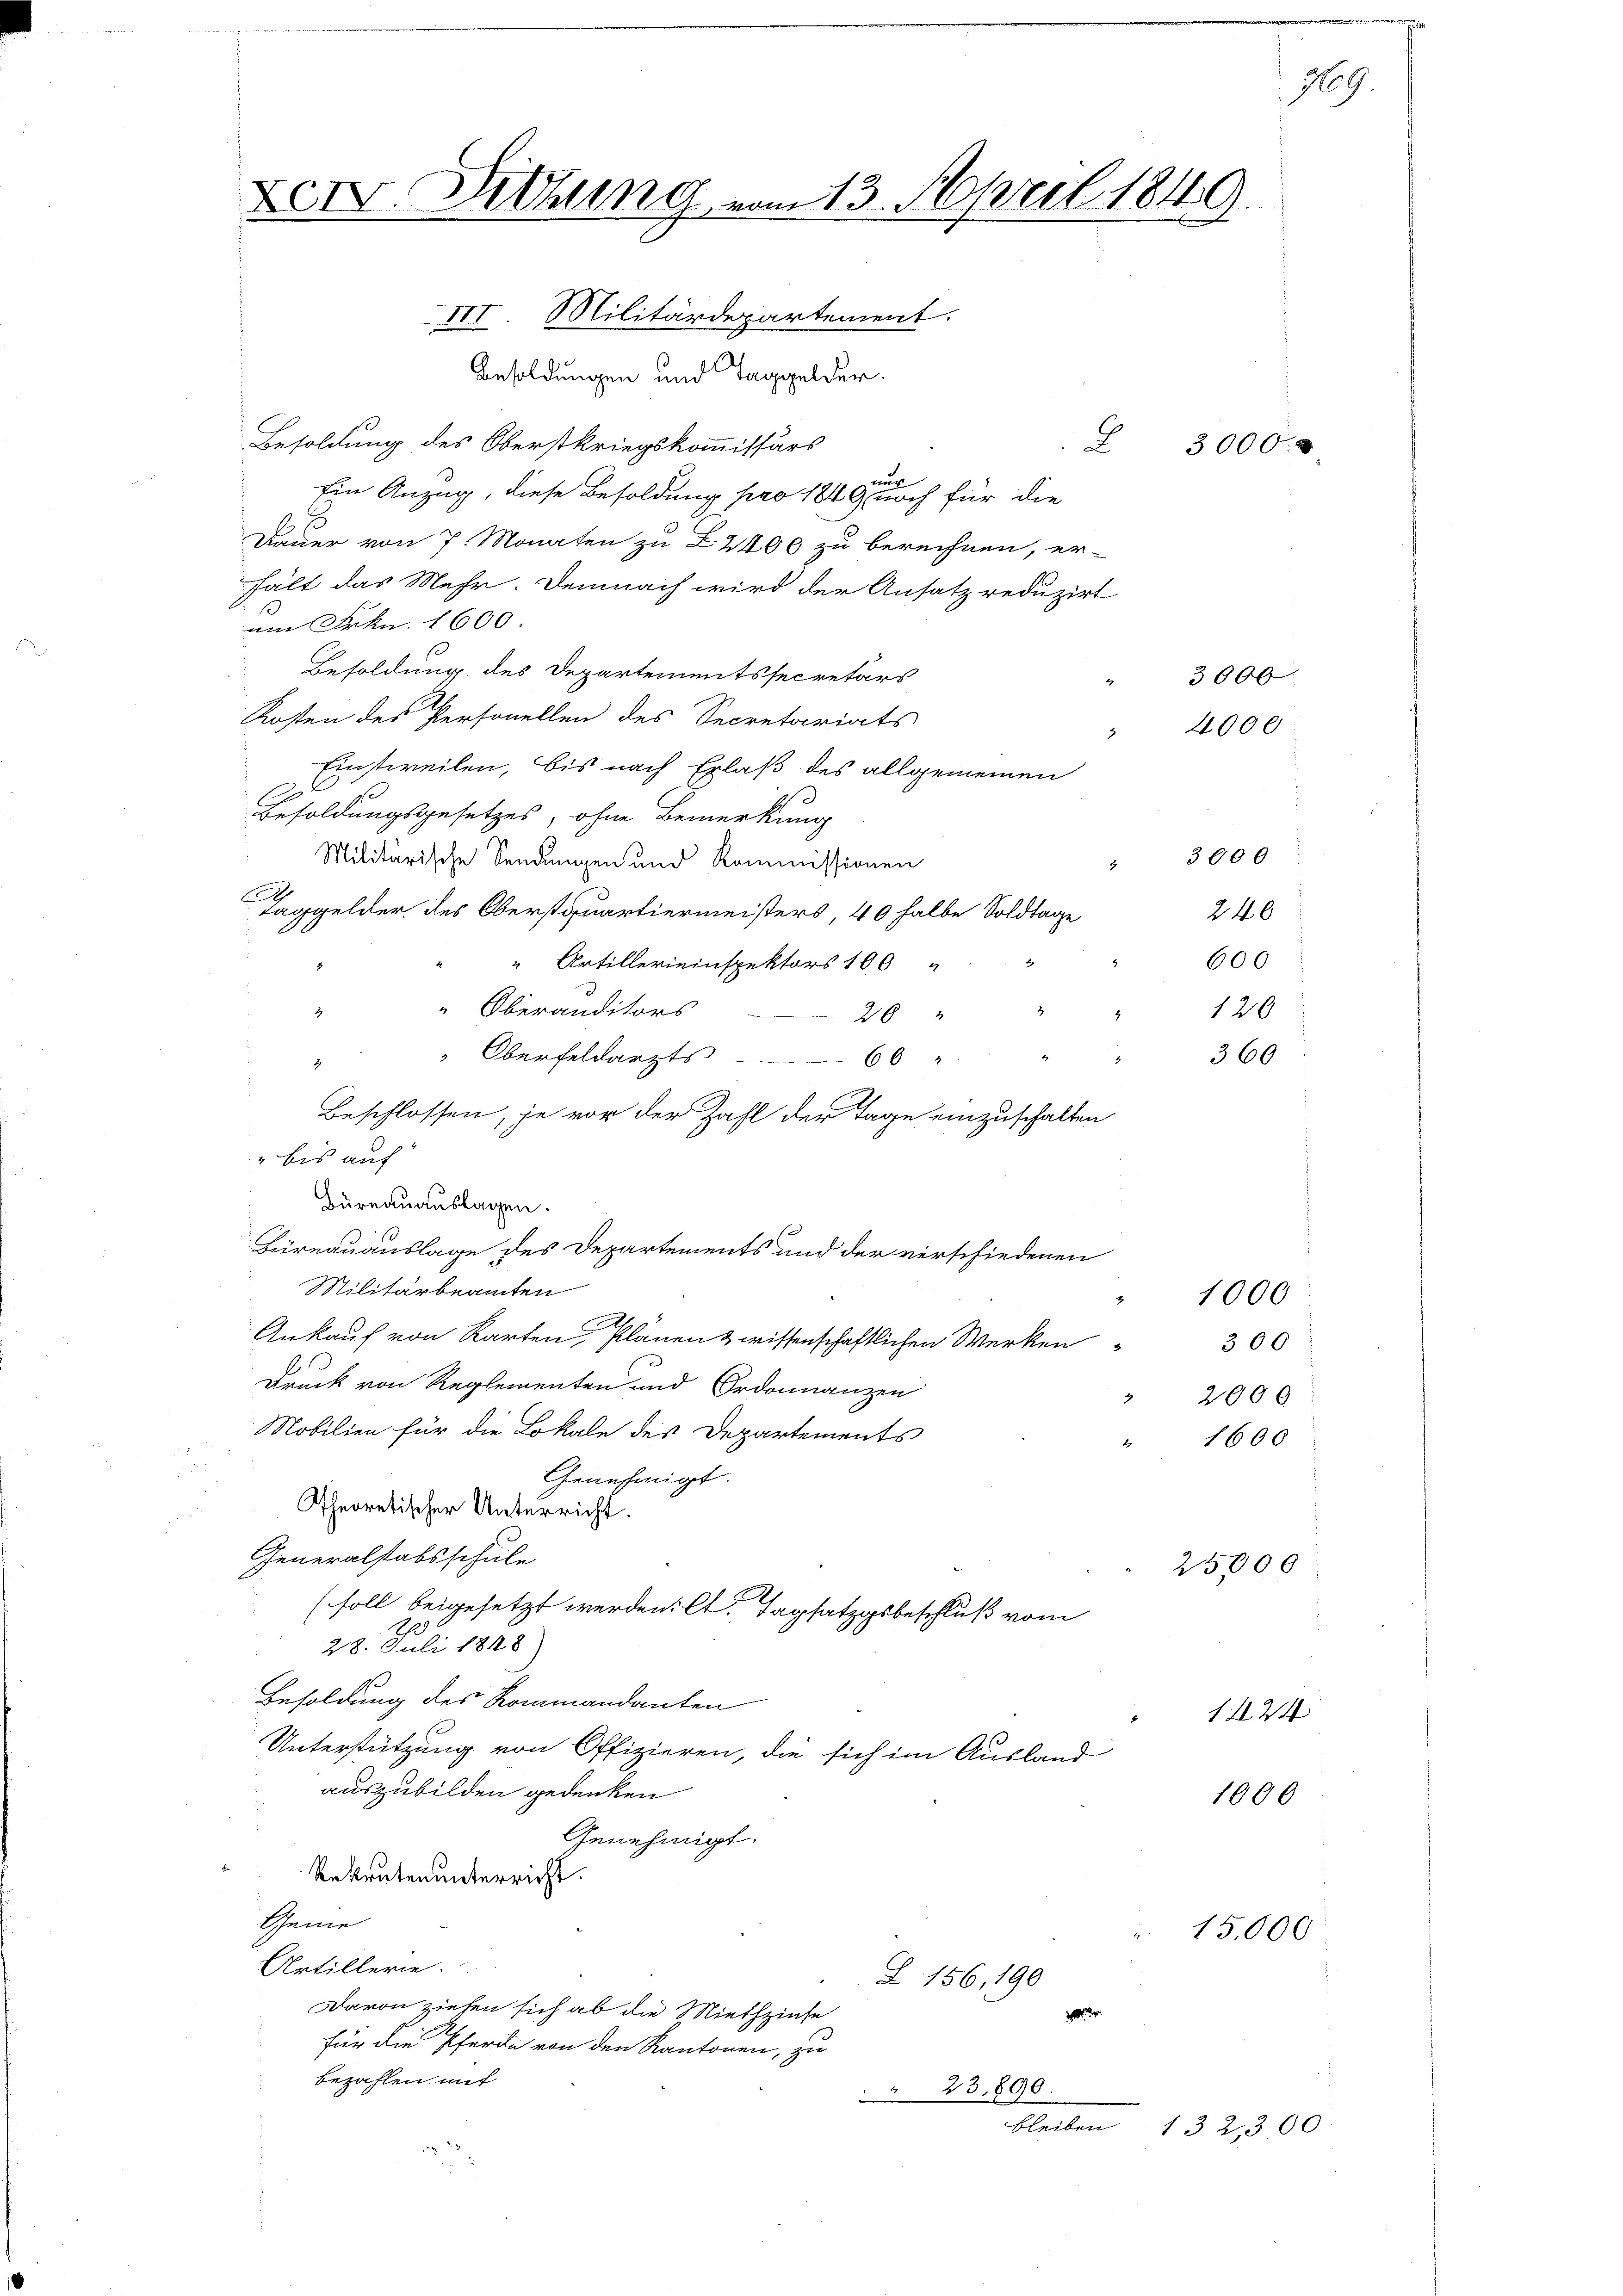
XIV. Dietung vom 13. April 1849.

III. Militärdepartement.
Besoldungen und Taggelder.
Besoldung des Oberstkriegskommissärs
nug
Ein Anzug, diese Besoldung pro 1849 noch für die
Dauer von 7. Monaten zu Z 2400 zu berechnen, er-
hält das Mehr. Demnach wird der Ansatz reduzirt
am Frkn. 1600.
Besoldung des Departementssecretärs
Kosten des Personellen des Secretariats
Einstweilen, bis nach Erlaß des allgemeinen
Besoldungsgesetzes, ohne Bemerkung
Militärische Sendungen und Kommissionen
4
Taggelder, des Oberstquartiermeisters, 40 halbe Soldtage
Artillereinspektors 100 "
3
Oberanditors
2
26
Oberfeldarzts
66
.
Beschlossen, je vor der Zahl der Tage einzuschalten
" bis auf
Hüreauauslagen.
Büreauauslage des Departements und der verschiedenen
Militärbeamten
Ankauf von Karten Plänen & wissenschaftlichen Werken
Druck von Reglementen und Ordonnanzen
Mobilien für die Lokale des Departements
Genehmigt.
Theoretischer Unterricht.
Generalstabsschule
(soll beigesetzt werden. Ct. Tagsatzgsbeschluß vom
28. Juli 1848)
Besoldung des Kommandanten
Unterstützung von Offizieren, die sich im Ausland
auszubilden gedenken
Genehmigt.
Rekruten unterricht.
Scheine
Artillerie.
Z 156, 190
Davon ziehen sich ab die Miethzinse

für die Pferde von den Kantonen, zu
bezahlen mit
23,890.

30000

3000
4000

3000
246
600
120
360

79.

300
2000
1600

1000

25,000

1000

1424

15,000

bleiben 132300